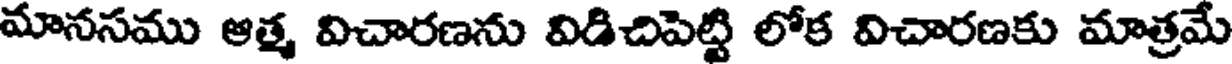
మానసము ఆత్మ విచారణను విడిచిపెట్టి లోక విచారణకు మాత్రమే